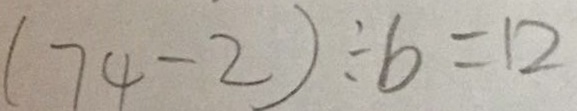
( 7 4 - 2 ) \div b = 1 2